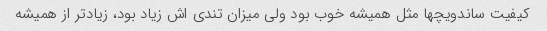
کیفیت ساندویچها مثل همیشه خوب بود ولی میزان تندی اش زیاد بود، زیاد‌تر از همیشه